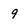
Character: 9